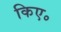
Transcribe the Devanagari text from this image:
किए॰